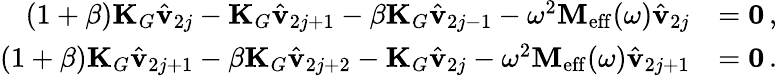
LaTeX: \begin{array}{rl}{(1+\beta)\mathbf{K}_{G}\hat{\mathbf{v}}_{2j}-\mathbf{K}_{G}\hat{\mathbf{v}}_{2j+1}-\beta\mathbf{K}_{G}\hat{\mathbf{v}}_{2j-1}-\omega^{2}\mathbf{M}_{\mathrm{eff}}(\omega)\hat{\mathbf{v}}_{2j}}&{=\mathbf{0}\, ,}\\ {(1+\beta)\mathbf{K}_{G}\hat{\mathbf{v}}_{2j+1}-\beta\mathbf{K}_{G}\hat{\mathbf{v}}_{2j+2}-\mathbf{K}_{G}\hat{\mathbf{v}}_{2j}-\omega^{2}\mathbf{M}_{\mathrm{eff}}(\omega)\hat{\mathbf{v}}_{2j+1}}&{=\mathbf{0}\, .}\end{array}